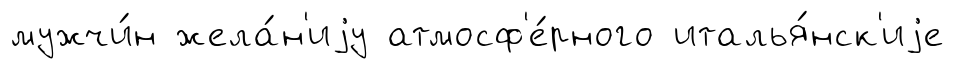
мужчи́н жела́н'иjу атмосф'е́рного италья́нск'иjе